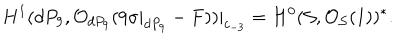
H ^ { 1 } ( d P _ { 9 } , { \cal O } _ { d P _ { 9 } } ( 9 \sigma | _ { d P _ { 9 } } - F ) ) | _ { c _ { - 3 } } = H ^ { 0 } ( { \cal S } , { \cal O } _ { { \cal S } } ( 1 ) ) ^ { * } .